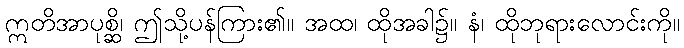
ဣတိအာပုစ္ဆိ၊ ဤသို့ပန်ကြား၏။ အထ၊ ထိုအခါ၌။ နံ၊ ထိုဘုရားလောင်းကို။